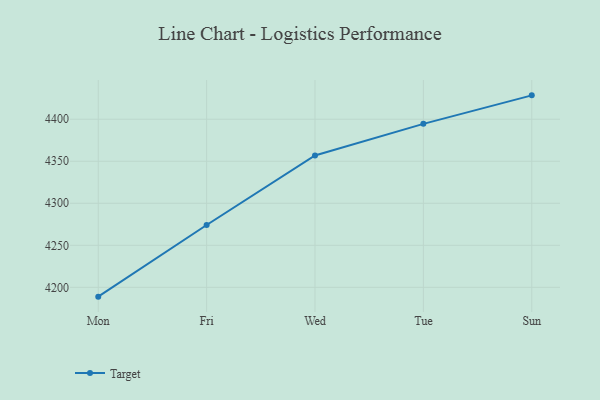
{"axis": {"x": "Day", "y": "Inventory Turnover"}, "legend": ["Target"], "data": [{"x": "Mon", "y": 4188.9, "type": "Target"}, {"x": "Fri", "y": 4274.2, "type": "Target"}, {"x": "Wed", "y": 4356.9, "type": "Target"}, {"x": "Tue", "y": 4394.5, "type": "Target"}, {"x": "Sun", "y": 4428.4, "type": "Target"}]}